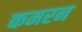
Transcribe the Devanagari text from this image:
कमरन